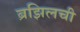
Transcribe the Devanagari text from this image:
ब्रझिलची